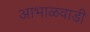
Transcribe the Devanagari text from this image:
आभाळवाडी